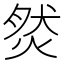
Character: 𤉷